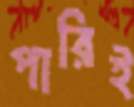
পারিই